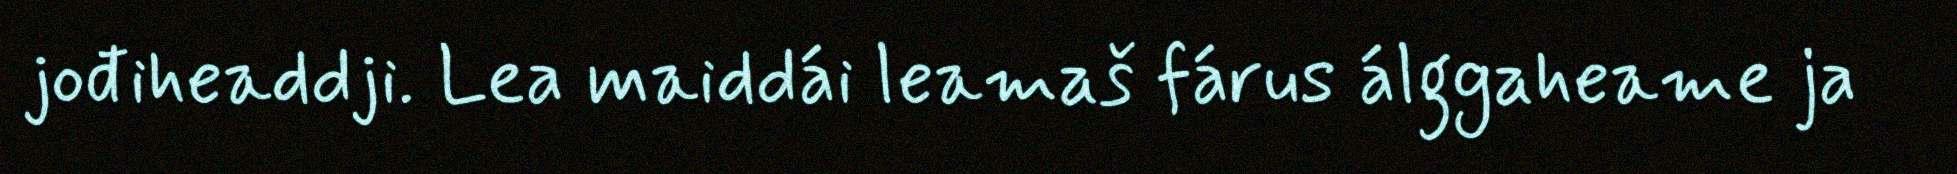
jođiheaddji. Lea maiddái leamaš fárus álggaheame ja